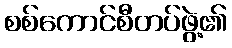
စစ်ကောင်စီတပ်ဖွဲ့၏